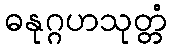
ဓနုဂ္ဂဟသုတ္တံ